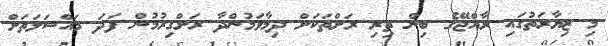
މި ޒިޔާރަތުގައި ރާއްޖޭގެ ބިން ތިރި ރަށްތަކަށް ދިމާވަމުންދާ ރަށްގިރުމުން ފަދަ މައްސަލަތަށް